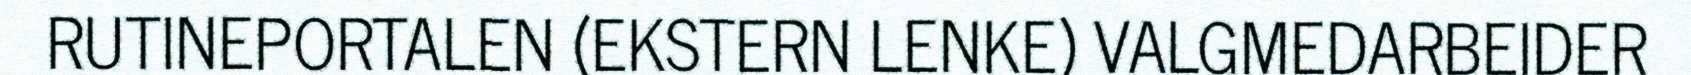
RUTINEPORTALEN (EKSTERN LENKE) VALGMEDARBEIDER